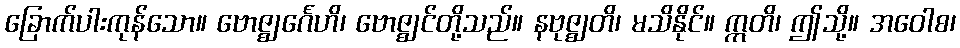
ခြောက်ပါးကုန်သော။ ဗောဇ္ဈင်္ဂေဟိ၊ ဗောဇ္ဈင်တို့သည်။ နဗုဇ္ဈတိ၊ မသိနိုင်။ ဣတိ၊ ဤသို့။ အဝေါစ၊